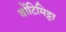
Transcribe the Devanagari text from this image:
वोंटिमिट्टा